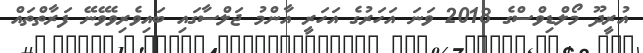
އުރީދޫ މޯލްޑިވްސްގެ 2018 ވަނަ އަހަރުގެ އަހަރީ އާންމު ޖަލްސާގައި ބައިވެރިވެވޭނޭ ފަރާތްތައް